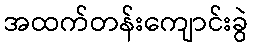
အထက်တန်းကျောင်းခွဲ